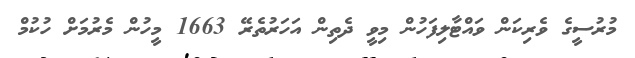
މުރުސީގެ ވެރިކަން ވައްޓާލިފަހުން މިވީ ދެތިން އަހަރުތެރޭ 1663 މީހުން މެރުމަށް ހުކުމް